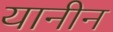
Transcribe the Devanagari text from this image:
यानीन